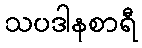
သပဒါနစာရီ